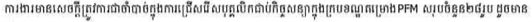
ការងារមានសេចក្តីត្រូវការចាំបាច់ក្នុងការជ្រើសរើសបុគ្គលិកជាប់កិច្ចសន្យាក្នុងក្របខណ្ឌគម្រោងPFM សរុបចំនួន២៨រូប ដូចមាន